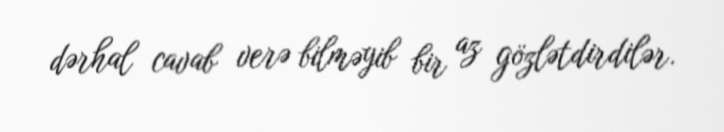
dərhal cavab verə bilməyib bir az gözlətdirdilər.